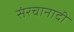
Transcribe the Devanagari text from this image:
संरचानादी